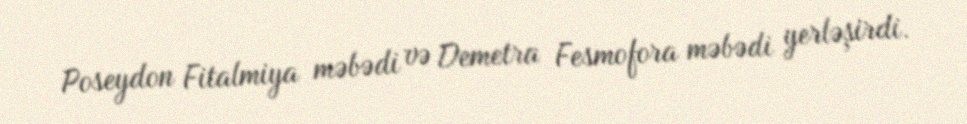
Poseydon Fitalmiya məbədi və Demetra Fesmofora məbədi yerləşirdi.